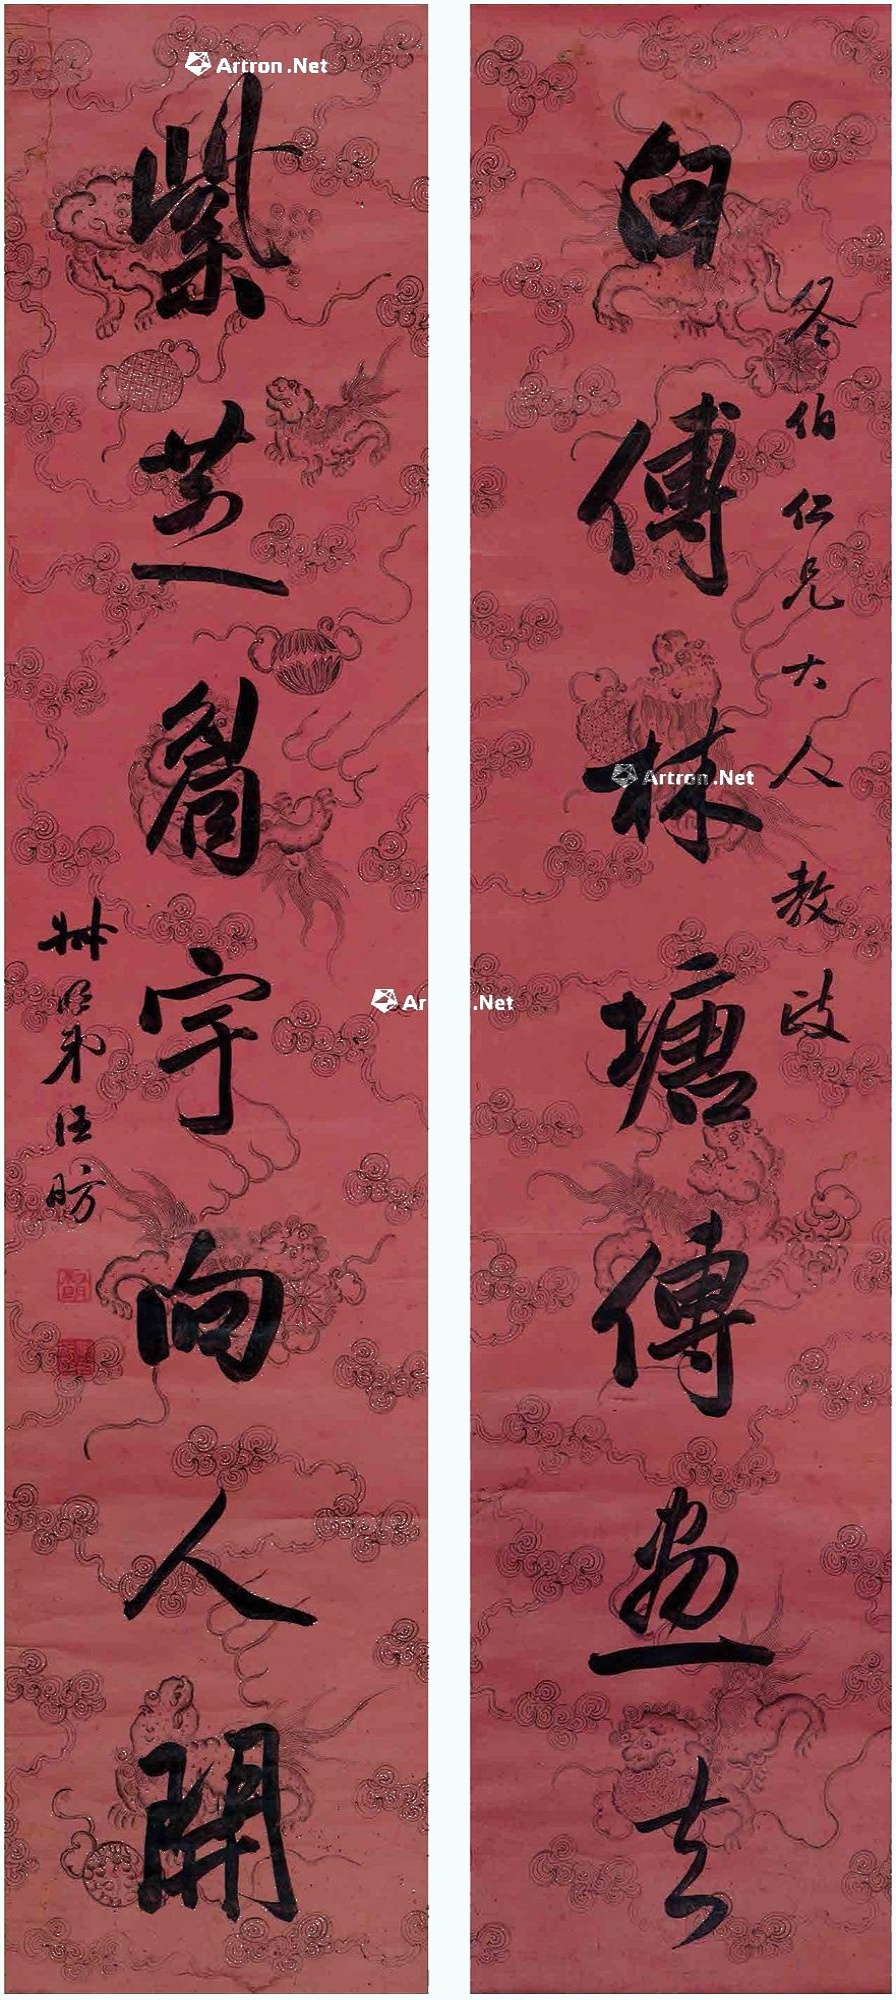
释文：白傅林塘传画去，紫芝眉宇向人开。冬伯仁兄大人教政，叔明弟汪昉。